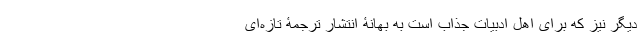
دیگر نیز که برای اهل ادبیات جذاب است به بهانۀ انتشار ترجمۀ تازه‌ای